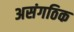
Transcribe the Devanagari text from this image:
असंगठिक